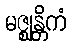
မဇ္ဈန္တိကံ